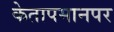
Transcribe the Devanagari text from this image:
केतापमानपर